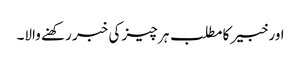
اور خبیر کا مطلب ہر چیز کی خبر رکھنے والا۔